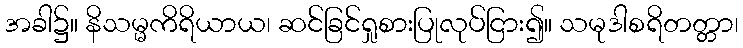
အခါ၌။ နိသမ္မကိရိယာယ၊ ဆင်ခြင်ရှုစားပြုလုပ်ငြား၍။ သမုဒါစရိတတ္တာ၊